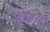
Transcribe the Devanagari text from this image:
ब्रिकेटयुक्त